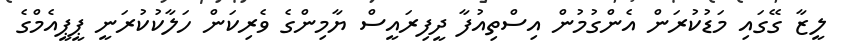
ލީޒާ ގޭގައި މަޑުކުރަން އެންގުމުން އިސްތިއުފާ ދީފިރައީސް ޔާމިންގެ ވެރިކަން ހަލާކުކުރަނީ ޕީޕީއެމްގެ